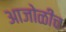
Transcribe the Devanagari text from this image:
आजोळीच